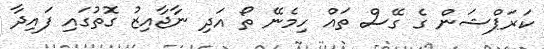
ކަރަޕްޝަން ގެ ގޭސް ތައް ހިމެނޭ ތޯ އަދި ނާޖާއިޒު ގޮތުގައި ފައިދާ